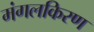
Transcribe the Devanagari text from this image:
मंगलकिरण